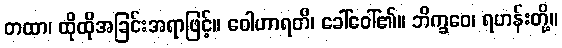
တထာ၊ ထိုထိုအခြင်းအရာဖြင့်။ ဝေါဟာရတိ၊ ခေါ်ဝေါ်၏။ ဘိက္ခဝေ၊ ရဟန်းတို့။